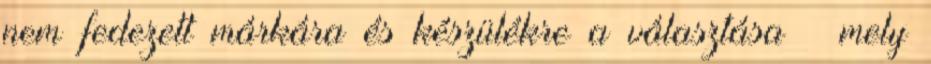
nem fedezett márkára és készülékre a választása – mely